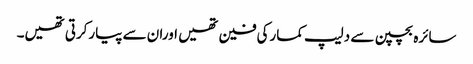
سائرہ بچپن سے دلیپ کمارکی فین تھیں اوران سے پیارکرتی تھیں۔